Lunatic asylums in Bengal annual reports 1899-1911 - 1899-1911
Year: 1899
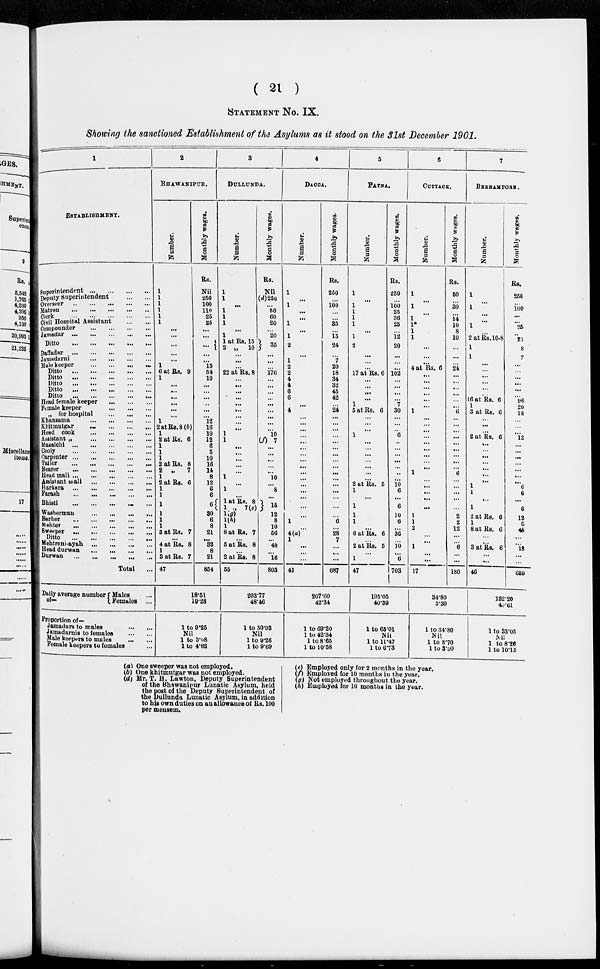
( 21 )
STATEMENT NO. IX.
Showing the sanctioned Establishment of the Asylums as it stood on the 31st December 1901.
1
ESTABLISEMENT.
Superintendent
...
...
...
...
Deputy Superintendent
...
...
Overseer
...
...
...
...
...
Matrou
...
...
...
...
...
Clerk
...
...
...
...
...
Civil Hospital Assistant
...
...
Compounder
...
...
...
...
Jamadar
...
...
...
...
...
Ditto
...
...
...
...
...
Dafiadar
...
...
...
...
...
Jamandarni
...
...
...
...
...
Male keeper
...
...
...
...
...
Ditto ... ... ... ... ...
Ditto
...
...
...
...
...
Ditto ... ... ... ... ...
Ditto
...
...
...
...
...
Ditto ... ... ... ... ...
Head female keeper ... ... ...
Female keeper
...
...
...
„ for hospital
...
...
...
Khansama
...
...
...
...
Khitmutgar
...
...
...
...
Head cook
...
...
...
...
Assistant „
...
...
...
...
Mssalchi
...
...
...
...
...
Cooly ... ... ... ... ...
Carpenter ... ... ... ... ...
Tailor
...
...
...
...
...
Bearer
...
...
...
...
...
Head mali ... ... ... ... ...
Assistant
wali
...
...
...
...
Harkara
...
...
...
...
...
Farash ... ... ... ... ...
Bhisti
...
...
...
...
...
Washermau ... ... ... ... ...
Barber
...
...
...
...
...
Mehter
...
...
...
...
...
Sweeper
...
...
...
...
...
Ditto
...
...
...
...
...
Mehtrni-ayah
...
...
...
...
Head durwan
...
...
...
...
Durwan
...
...
...
...
...
Total ...
Daily average number
of-
Males ...
Females ...
Proportion of—
Jamadars to males
...
...
Jamadarnis to females
...
...
Male keepers to males
...
...
Female keepers to females ...
2
BHAWANIPUR.
Number.
1
1
1
1
1
1
...
...
...
...
...
1
6 at Rs. 9
1
...
...
...
...
...
...
1
2 at Rs. 8 (b)
1
2 at Rs. 6
1
1
1
2 at Rs. 8
2
„
7
1
2 at Rs. 6
1
1
1
1
1
1
3 at Rs. 7
...
4 at Rs. 8
1
3 at Rs. 7
47
Monthly wages.
Rs.
Nil
250
100
110
25
25
...
...
...
...
...
15
54
10
...
...
...
...
...
...
12
16
10
12
6
5
10
16
14
8
12
6
6
6
30
6
8
21
...
32
8
21
864
18.5l
19.28
1 to 9.25
Nil
1 to 3.08
l to 4.82
3
DULLUNDA.
Number.
1
1
...
1
1
1
...
1
1 at Rs. 15
2 „ 10
...
...
...
22 at Rs. 8
...
...
...
...
...
...
...
...
...
1
1
...
...
...
...
...
1
...
1
...
l at Rs. 8
1, ., 7(e)
1(g) 1(h)
1
8 at Rs. 7
...
5 at Rs. 8
...
2 at Rs. 8
Monthly wages.
Rs.
Nil
(d)250
...
50
60
20
...
20
35
...
...
...
176
...
...
...
...
...
...
...
...
...
10
(f) 7
...
...
...
...
...
10
...
8
...
15
12
8
10
56
...
40
...
16
803
203.77
48.46
1 to 50.93
Nil
1 to 9.26
l to 9.69
(a) One sweeper was not employed.
(b) One khitmutgar was not employed.
(d) Mr. T. H. Lawton, Deputy Superintendent
of the Bhawanipur Lunatio Asylum, held
the post of the Deputy Superintendent of
the Dullunda Lunatic Asylum, in addition
to his own duties on an allowance of Rs. 100
per mensem.
4
DACCA.
Number.
1
...
1
...
...
1
...
1
2
...
1
2
2
4
4
6
6
...
4
...
...
...
...
...
...
...
...
...
...
...
...
...
...
...
...
1
...
4(a)
1
...
...
...
41
Monthly wages.
Rs.
250
...
100
...
...
35
...
15
24
...
7
20
18
34
32
45
42
...
24
...
...
...
...
...
...
...
...
...
...
...
...
...
...
...
...
6
...
28
7
...
...
...
687
207.60
42.34
1 to 69.20
1 to 42.34
1 to 8.65
1 to 10.58
5
PATNA.
Number.
1
...
1
1
1
1
...
1
2
...
...
...
17 at Rs. 6
...
...
...
...
1
5 at Rs. 6
...
...
...
1
...
...
...
...
...
...
2 at Rs. 5
1
...
1
1
1
...
6 at Rs. 6
...
2 at Rs. 5
...
1
47
Monthly wages.
Rs.
250
...
100
25
36
25
12
20
...
...
...
102
...
...
...
...
7
30
...
...
..
6
..
...
...
...
...
..
...
10
6
...
6
10
6
...
36
...
10
...
6
703
195.05
40.39
1 to 66.01
Nil
l to 11.47
1 to 6.73
6
COTTACK.
Number.
1
...
1
...
1
1.
1
1
...
...
...
4 at Rs. 6
...
...
...
...
...
...
1
...
...
...
...
...
...
...
...
...
1
...
...
...
...
...
1
1
2
...
...
1
...
...
17
Monthly wages.
Rs.
50
...
30
...
14
10
8
10
...
...
...
24
...
...
...
...
...
...
6
...
...
...
...
...
...
...
...
...
6
...
...
...
...
...
2
2
12
...
...
6
...
...
180
34.80
3.30
1 to 34.80
Nil
1 to 8.70
1 to 3.30
(e) Employed only for 2 months in the year.
(f) Employed for 10 months in the year.
(g) Not employed throughout the year.
(h) Employed for 10 months in the year.
7
BRRHAMPORE.
Number.
1
...
1
...
...
1
...
2 at Rs. 10-8
1
1
...
...
...
...
...
...
16 at Rs. 6
1
3 at Rs. 6
...
...
...
2 at Rs. 6
...
...
...
...
...
...
...
1
1
...
1
2 at Rs. 6
1
8 at Rs. 6
...
...
3 at Rs. 6
...
...
46
Monthly wages.
Rs.
250
...
100
...
...
25
...
..
8
7
...
...
...
...
...
96
20
18
...
...
...
12
...
...
...
...
...
...
...
6
6
...
6
12
6
46
...
...
18
...
...
659
132.20
40.61
1 to 33.05
Nil
1 to 8.26
1 to 10.16